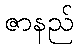
ဇာနည်